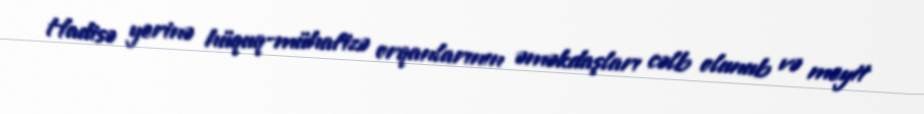
Hadisə yerinə hüquq-mühafizə orqanlarının əməkdaşları cəlb olunub və meyit